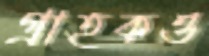
গ্রাহকও